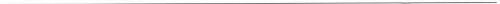
___